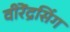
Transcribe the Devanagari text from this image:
वीरेंद्रसिंग